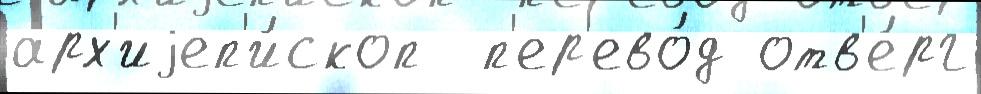
арх'иjеп'и́скоп  п'ер'ево́д отв'е́рг